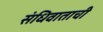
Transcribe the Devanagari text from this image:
संधिवाताची